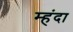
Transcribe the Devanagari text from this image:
म्हंदा